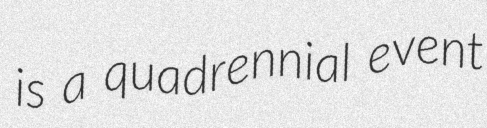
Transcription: is a quadrennial event